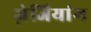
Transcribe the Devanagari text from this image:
ज़ेजियांग